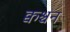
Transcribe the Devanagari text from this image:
क्वश्चन